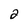
Character: 2